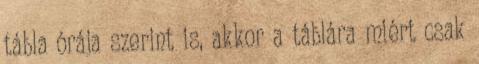
tábla órája szerint is, akkor a táblára miért csak